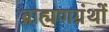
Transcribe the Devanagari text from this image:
ब्राह्मणग्रंथों